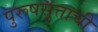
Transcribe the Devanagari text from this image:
पुरूषसुत्ताची